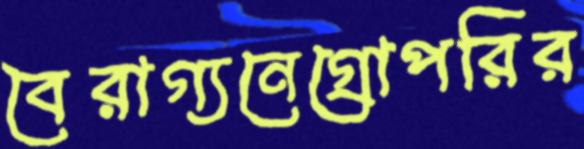
বৈরাগ্যনেগ্রোপরির